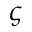
\varsigma